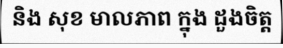
និង សុខ មាលភាព ក្នុង ដួងចិត្ត